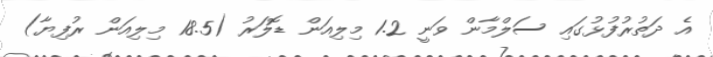
އެ ދަތުރުފުޅުގައި ސަލްމާން ވަނީ 1.2 މިލިއަން ޑޮލަރު (18.5 މިލިއަން ރުފިޔާ)